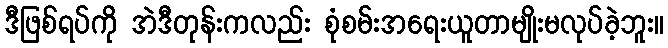
ဒီဖြစ်ရပ်ကို အဲဒီတုန်းကလည်း စုံစမ်းအရေးယူတာမျိုးမလုပ်ခဲ့ဘူး။